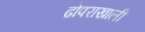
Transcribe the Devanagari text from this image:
ढोपराखाली